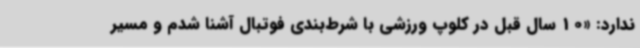
ندارد: «10 سال قبل در کلوپ ورزشی با شرط‌بندی فوتبال آشنا شدم و مسیر